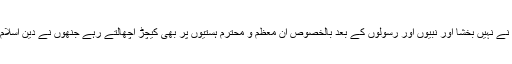
انبیا و مرسلین علیہم السلام کو بھی ظالموں نے نہیں بخشا اور نبیوں اور رسولوں کے بعد بالخصوص ان معظم و محترم ہستیوں پر بھی کیچڑ اچھالتے رہے جنھوں نے دین اسلام اور رسولِ کونین ﷺ کے عشق کوعام کیا۔